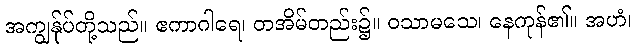
အကျွန်ုပ်တို့သည်။ ဧကာဂါရေ၊ တအိမ်တည်း၌။ ဝသာမသေ၊ နေကုန်၏။ အဟံ၊